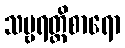
သဗ္ဗရတ္တိစာရော